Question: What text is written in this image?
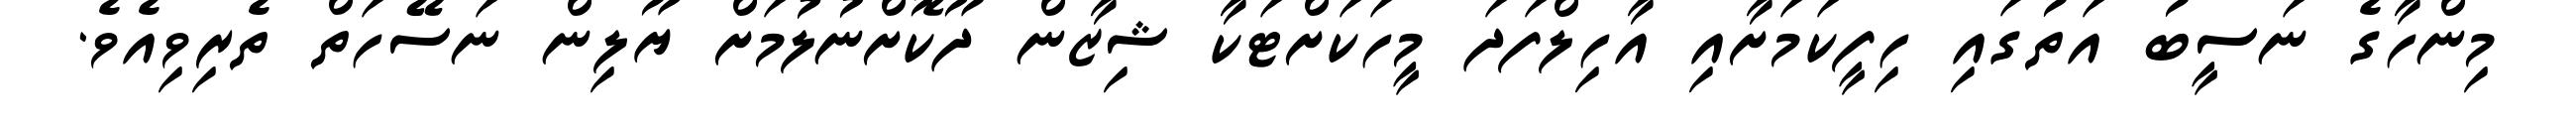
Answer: މިންހާގެ ނަސީބު އަތުގައި ހިފީކަމަށާއި އާހިލްފަދަ މީހަކަށްޓަކާ ޝިޒާން ދޫކޮށްނުލުމަށް ޔޫލިން ނަސޭހަތް ތެރިވިއެވެ.